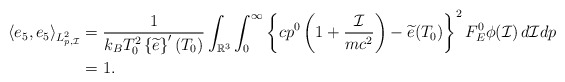
\begin{align*} \langle e_5,e_5\rangle_{L^2_{p,\mathcal{I}}}&= \frac{1}{k_BT_0^2\left\{\widetilde{e}\right\}^{\prime}(T_{0})}\int_{\mathbb{R}^3}\int_0^\infty\left\{cp^0\left(1+\frac{\mathcal{I}}{mc^2}\right)-\widetilde{e}(T_0)\right\}^2 F_E^0\phi(\mathcal{I})\,d\mathcal{I}dp\cr &=1. \end{align*}